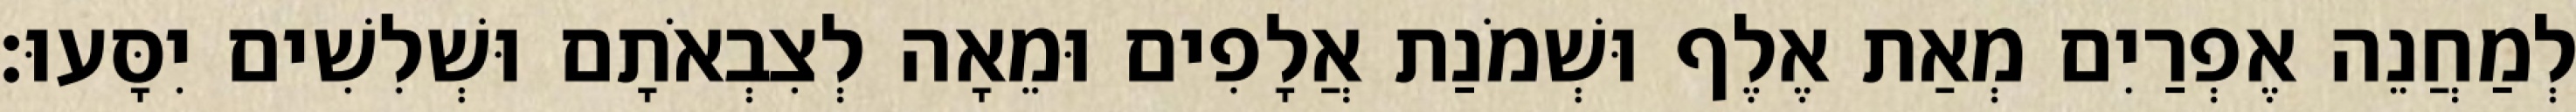
לְמַחֲנֵה אֶפְרַיִם מְאַת אֶלֶף וּשְׁמֹנַת אֲלָפִים וּמֵאָה לְצִבְאֹתָם וּשְׁלִשִׁים יִסָּעוּ׃